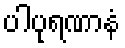
ပါပုရဏာနံ